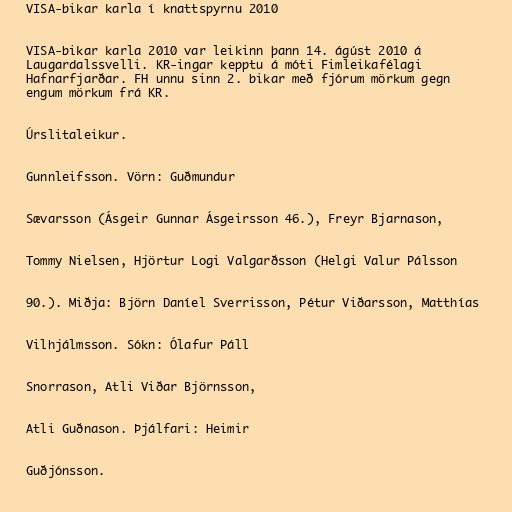
VISA-bikar karla í knattspyrnu 2010

VISA-bikar karla 2010 var leikinn þann 14. ágúst 2010 á
Laugardalssvelli. KR-ingar kepptu á móti Fimleikafélagi
Hafnarfjarðar. FH unnu sinn 2. bikar með fjórum mörkum gegn
engum mörkum frá KR.

Úrslitaleikur.

Gunnleifsson. Vörn: Guðmundur

Sævarsson (Ásgeir Gunnar Ásgeirsson 46.), Freyr Bjarnason,

Tommy Nielsen, Hjörtur Logi Valgarðsson (Helgi Valur Pálsson

90.). Miðja: Björn Daníel Sverrisson, Pétur Viðarsson, Matthías

Vilhjálmsson. Sókn: Ólafur Páll

Snorrason, Atli Viðar Björnsson,

Atli Guðnason. Þjálfari: Heimir

Guðjónsson.